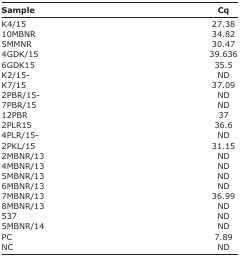
<table><thead><tr><td><b>Sample</b></td><td><b>Cq</b></td></tr></thead><tbody><tr><td>K4/15</td><td>27.38</td></tr><tr><td>10MBNR</td><td>34.82</td></tr><tr><td>5MMNR</td><td>30.47</td></tr><tr><td>4GDK/15</td><td>39.636</td></tr><tr><td>6GDK15</td><td>35.5</td></tr><tr><td>K2/15-</td><td>ND</td></tr><tr><td>K7/15</td><td>37.09</td></tr><tr><td>2PBR/15-</td><td>ND</td></tr><tr><td>7PBR/15</td><td>ND</td></tr><tr><td>12PBR</td><td>37</td></tr><tr><td>2PLR15</td><td>36.6</td></tr><tr><td>4PLR/15-</td><td>ND</td></tr><tr><td>2PKL/15</td><td>31.15</td></tr><tr><td>2MBNR/13</td><td>ND</td></tr><tr><td>4MBNR/13</td><td>ND</td></tr><tr><td>5MBNR/13</td><td>ND</td></tr><tr><td>6MBNR/13</td><td>ND</td></tr><tr><td>7MBNR/13</td><td>36.99</td></tr><tr><td>8MBNR/13</td><td>ND</td></tr><tr><td>537</td><td>ND</td></tr><tr><td>5MBNR/14</td><td>ND</td></tr><tr><td>PC</td><td>7.89</td></tr><tr><td>NC</td><td>ND</td></tr></tbody></table>